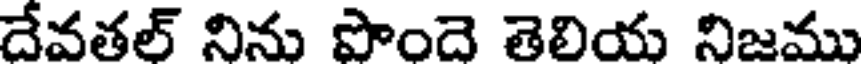
దేవతల్ నిను పొందె తెలియ నిజము